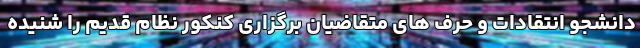
دانشجو انتقادات و حرف های متقاضیان برگزاری کنکور نظام قدیم را شنیده